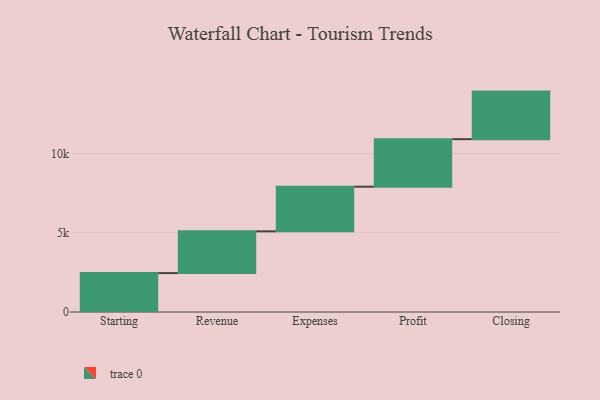
{"axis": {"x": "Step", "y": "Value"}, "legend": [""], "data": [{"x": "Starting", "y": 2455.0, "type": ""}, {"x": "Revenue", "y": 2635.0, "type": ""}, {"x": "Expenses", "y": 2816.0, "type": ""}, {"x": "Profit", "y": 3000, "type": ""}, {"x": "Closing", "y": 3000, "type": ""}]}